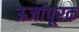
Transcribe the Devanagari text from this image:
ऊर्जापूरक